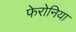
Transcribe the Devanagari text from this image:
फेरोनिया